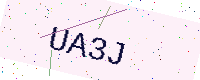
Text: UA3J